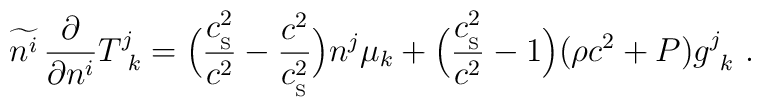
\widetilde{n^i}\,{\partial\over\partial n^i} T^j_{\ k}=\Big({c_{_{\rm S}}^2\over c^2} -{c^2\over c_{_{\rm S}}^2}\Big)n^j\mu_k +\Big({c_{_{\rm S}}^2\over c^2}-1\Big)(\rho c^2 +P)g^j_{\ k}\ .